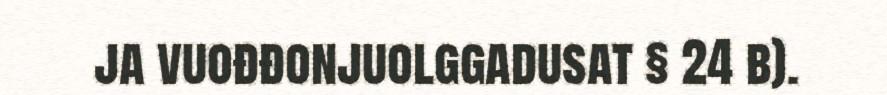
ja vuođđonjuolggadusat § 24 b).